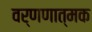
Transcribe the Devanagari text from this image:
वर्णणात्मक